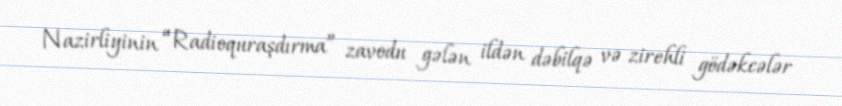
Nazirliyinin “Radioquraşdırma” zavodu gələn ildən dəbilqə və zirehli gödəkcələr